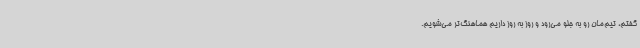
گفتم، تیم‌مان رو به جلو می‌رود و روز به روز داریم هماهنگ‌تر می‌شویم.